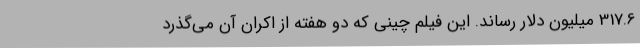
317.6 میلیون دلار رساند. این فیلم چینی که دو هفته از اکران آن می‌گذرد